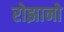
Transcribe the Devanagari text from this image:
रोझानो